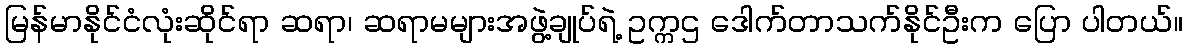
မြန်မာနိုင်ငံလုံးဆိုင်ရာ ဆရာ၊ ဆရာမများအဖွဲ့ချုပ်ရဲ့ ဥက္ကဌ ဒေါက်တာသက်နိုင်ဦးက ပြော ပါတယ်။